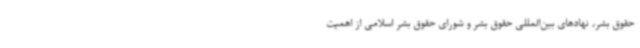
حقوق بشر، نهادهای بین‌المللی حقوق بشر و شورای حقوق بشر اسلامی از اهمیت